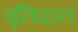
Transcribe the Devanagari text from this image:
वृतिदान